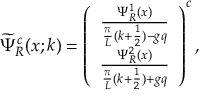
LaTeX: \widetilde { \Psi } _ { R } ^ { c } ( x ; k ) = \left( \begin{array} { c } { { \frac { \Psi _ { R } ^ { 1 } ( x ) } { \frac { \pi } { L } ( k + \frac { 1 } { 2 } ) - g q } } } \\ { { \frac { \Psi _ { R } ^ { 2 } ( x ) } { \frac { \pi } { L } ( k + \frac { 1 } { 2 } ) + g q } } } \end{array} \right) ^ { c } ,